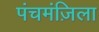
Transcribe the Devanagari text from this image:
पंचमंज़िला